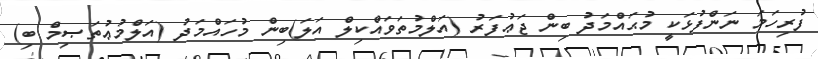
ފުރިހަމަ ނަންފުޅަކީ މުޙައްމަދު ބިން ޖަޢުފަރު (އަލްމުތަވައްކިލް އަލަ)ބިން މުހައްމަދު (އަލްމުޢުތަޞިމް ބި)